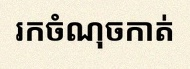
រកចំណុចកាត់